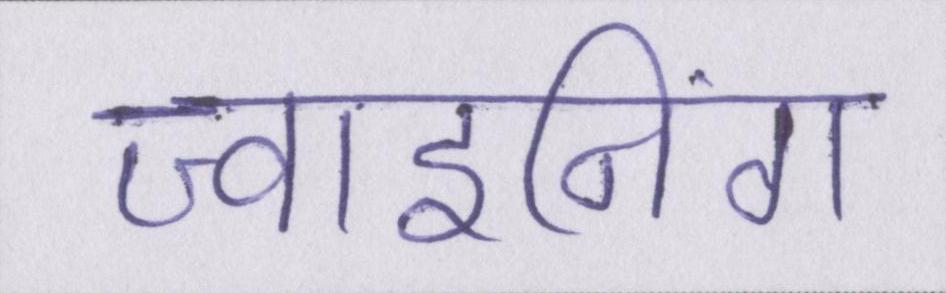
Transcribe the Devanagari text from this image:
ज्वाइनिंग